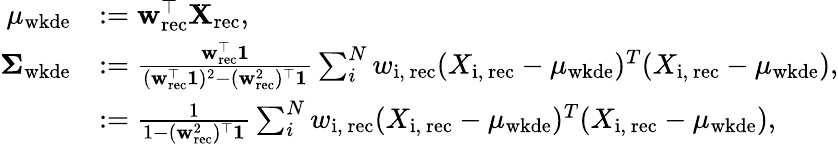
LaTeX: \begin{array}{rl}{\mu_{\mathrm{wkde}}}&{:=\textbf{w}_{\mathrm{rec}}^{\top}\textbf{X}_{\mathrm{rec}},}\\ {\boldsymbol\Sigma_{\mathrm{wkde}}}&{:=\frac{\textbf{w}_{\mathrm{rec}}^{\top}\textbf{1}}{(\textbf{w}_{\mathrm{rec}}^{\top}\textbf{1})^{2}-(\textbf{w}_{\mathrm{rec}}^{2})^{\top}\textbf{1}}\sum_{i}^{N}w_{\mathrm{i,~rec}}(X_{\mathrm{i,~rec}}-\mu_{\mathrm{wkde}})^{T}(X_{\mathrm{i,~rec}}-\mu_{\mathrm{wkde}}),}\\ &{:=\frac{1}{1-(\textbf{w}_{\mathrm{rec}}^{2})^{\top}\textbf{1}}\sum_{i}^{N}w_{\mathrm{i,~rec}}(X_{\mathrm{i,~rec}}-\mu_{\mathrm{wkde}})^{T}(X_{\mathrm{i,~rec}}-\mu_{\mathrm{wkde}}),}\end{array}